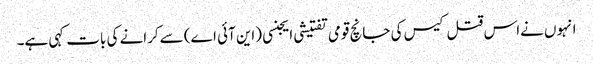
انہوں نےاس قتل کیس کی جانچ قومی تفتیشی ایجنسی (این آئی اے) سےکرانے کی بات کہی ہے۔